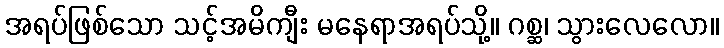
အရပ်ဖြစ်သော သင့်အမိကျီး မနေရာအရပ်သို့။ ဂစ္ဆ၊ သွားလေလော။